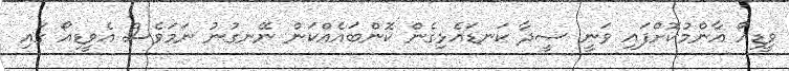
ވީޑިއޯ އާންމުކޮށްފައި ވަނީ ސީދާ ކަނޑައެޅިގެން ކޮންބައެއްކަން ނޭނގުނު ނަމަވެސް އެވީޑިއޯ ގައި